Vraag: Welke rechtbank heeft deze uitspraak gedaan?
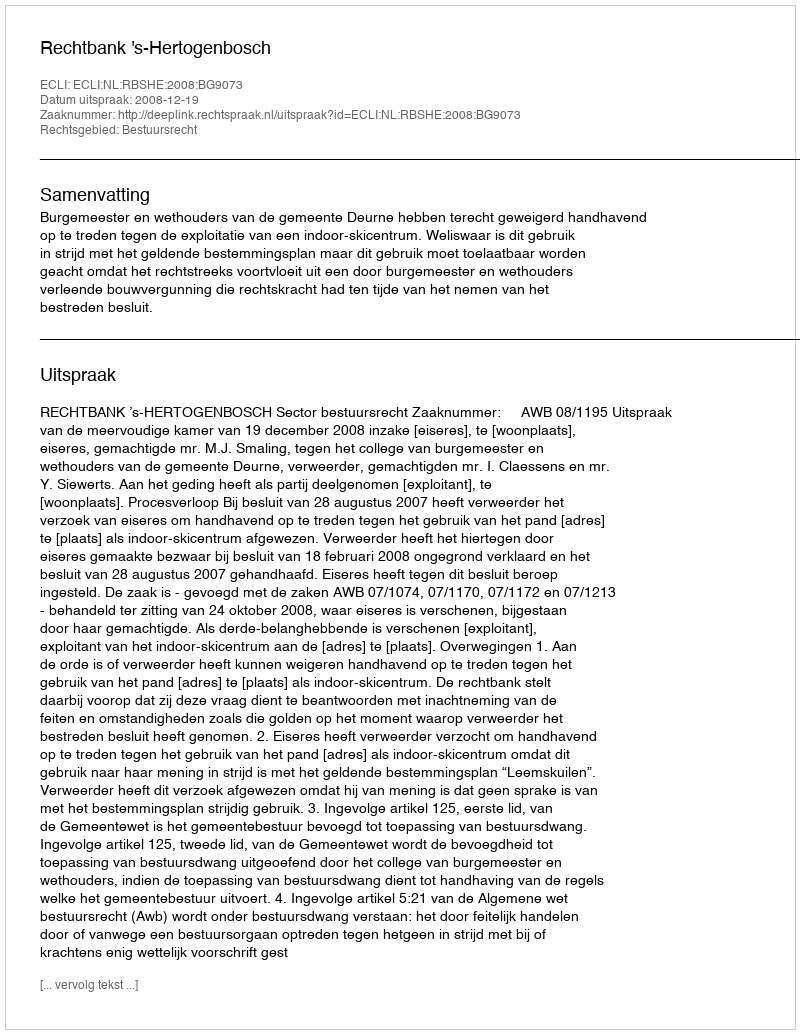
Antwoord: Rechtbank 's-Hertogenbosch